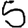
Digit: 5